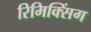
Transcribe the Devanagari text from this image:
रिमिक्सिंग